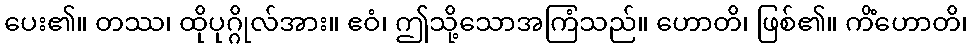
ပေး၏။ တဿ၊ ထိုပုဂ္ဂိုလ်အား။ ဧဝံ၊ ဤသို့သောအကြံသည်။ ဟောတိ၊ ဖြစ်၏။ ကိံဟောတိ၊